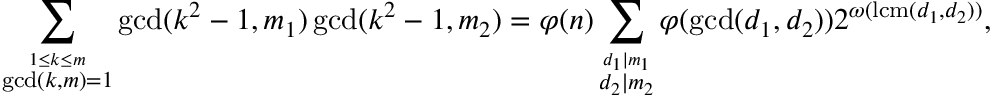
\sum _ { \stackrel { 1 \leq k \leq m } { \operatorname* { g c d } ( k , m ) = 1 } } \operatorname* { g c d } ( k ^ { 2 } - 1 , m _ { 1 } ) \operatorname* { g c d } ( k ^ { 2 } - 1 , m _ { 2 } ) = \varphi ( n ) \sum _ { \stackrel { d _ { 1 } \mid m _ { 1 } } { d _ { 2 } \mid m _ { 2 } } } \varphi ( \operatorname* { g c d } ( d _ { 1 } , d _ { 2 } ) ) 2 ^ { \omega ( \operatorname { l c m } ( d _ { 1 } , d _ { 2 } ) ) } ,